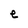
Character: e